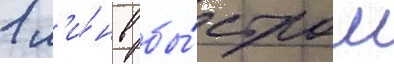
1 м'и́н в бы́стром